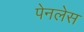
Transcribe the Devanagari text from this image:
पेनलेस